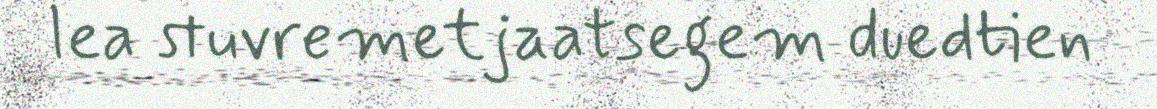
lea stuvremetjaatsegem duedtien